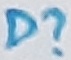
Text: D?